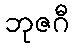
ဘုဇဂီ